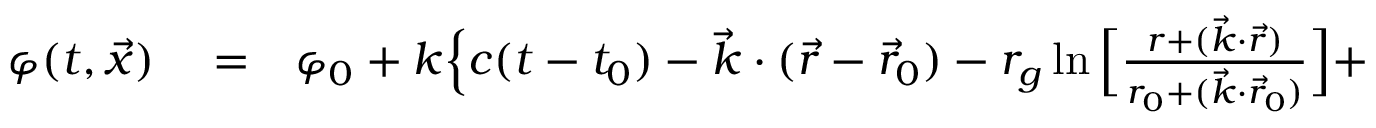
\begin{array} { r l r } { \varphi ( t , { \vec { x } } ) } & { { } = } & { \varphi _ { 0 } + k \Big \{ c ( t - t _ { 0 } ) - { \vec { k } } \cdot ( { \vec { r } } - { \vec { r } } _ { 0 } ) - r _ { g } \ln \Big [ \frac { r + ( \vec { k } \cdot \vec { r } ) } { r _ { 0 } + ( \vec { k } \cdot \vec { r } _ { 0 } ) } \Big ] + } \end{array}